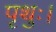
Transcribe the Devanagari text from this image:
पृथुः।